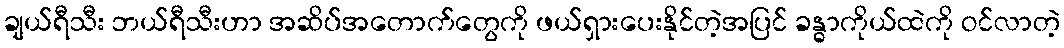
ချယ်ရီသီး ဘယ်ရီသီးဟာ အဆိပ်အတောက်တွေကို ဖယ်ရှားပေးနိုင်တဲ့အပြင် ခန္ဓာကိုယ်ထဲကို ဝင်လာတဲ့